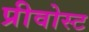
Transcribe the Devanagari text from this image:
प्रीवोस्ट